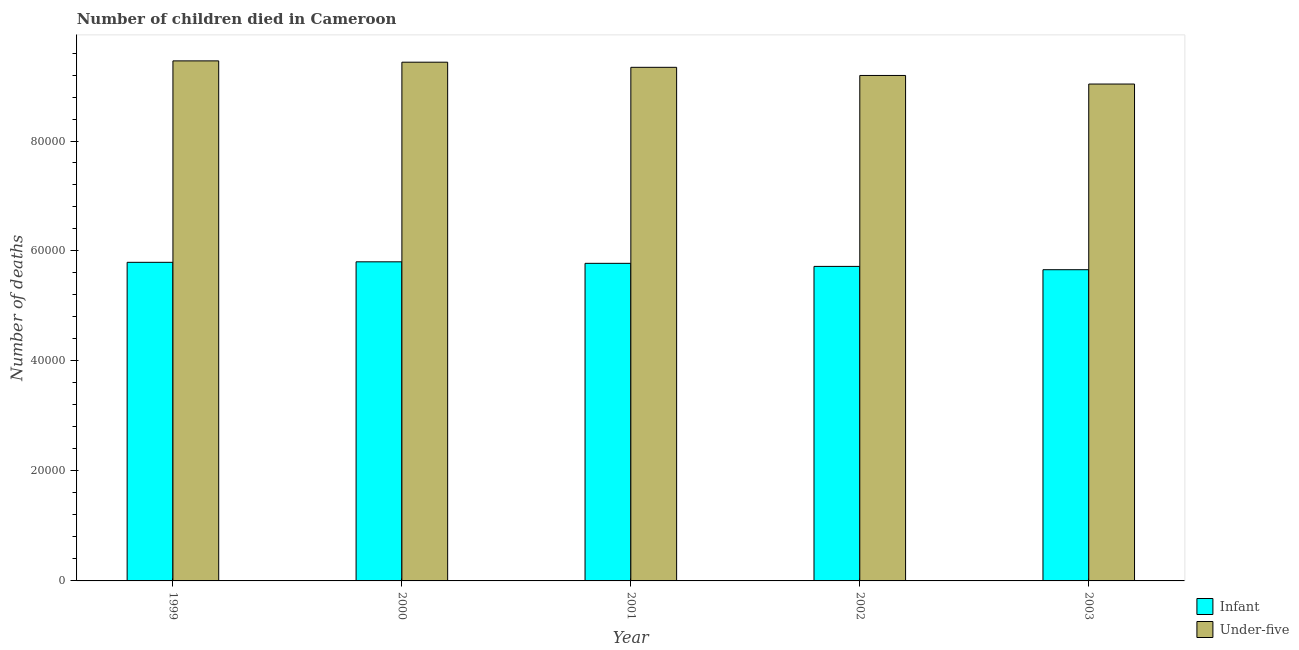
| Year | Infant | Under-five |
 | --- | --- | --- |
 | 1999 | 5.79e+04 | 9.46e+04 |
 | 2000 | 5.8e+04 | 9.43e+04 |
 | 2001 | 5.78e+04 | 9.34e+04 |
 | 2002 | 5.72e+04 | 9.19e+04 |
 | 2003 | 5.66e+04 | 9.04e+04 |